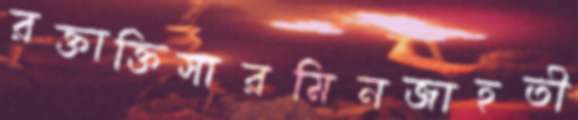
রক্তাক্তিসারমিনজাহতী